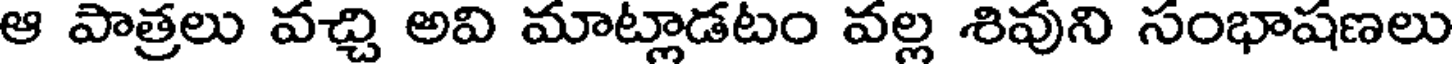
ఆ పాత్రలు వచ్చి అవి మాట్లాడటం వల్ల శివుని సంభాషణలు